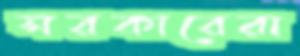
সরকারেরা